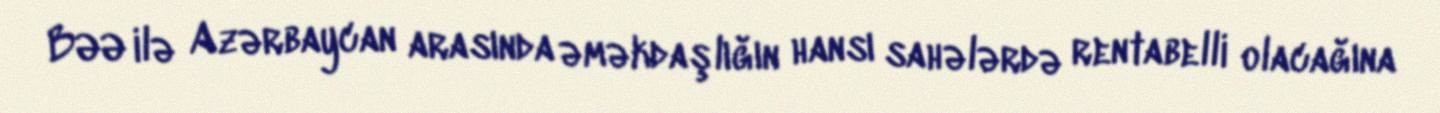
BƏƏ ilə Azərbaycan arasında əməkdaşlığın hansı sahələrdə rentabelli olacağına